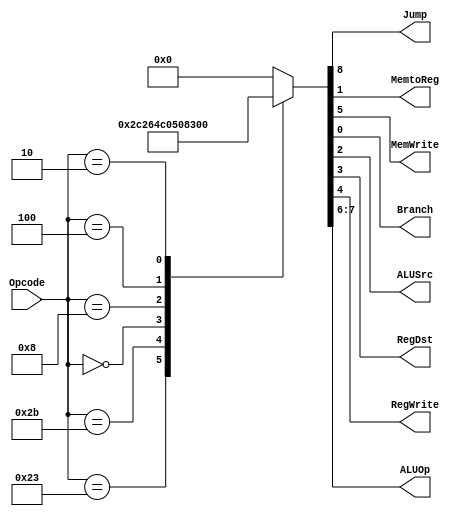
module Main_Decoder #(
parameter Opcode_width = 6 ,
          ALU_OP_width = 2   
) (
input   wire    [Opcode_width-1:0]    Opcode,

output  reg                           Jump, MemtoReg, MemWrite ,Branch ,ALUSrc ,RegDst ,RegWrite,
output  reg     [ALU_OP_width-1:0]    ALUOp
);

reg [7+ALU_OP_width-1:0] Enables_and_ALUOp;

localparam [Opcode_width-1:0]   loadWord      = 'b10_0011;
localparam [Opcode_width-1:0]   storeWord     = 'b10_1011;
localparam [Opcode_width-1:0]   rType         = 'b00_0000;
localparam [Opcode_width-1:0]   addImmediate  = 'b00_1000;
localparam [Opcode_width-1:0]   branchIfEqual = 'b00_0100;
localparam [Opcode_width-1:0]   jump_inst     = 'b00_0010;


assign {Jump, ALUOp, MemWrite, RegWrite, RegDst, ALUSrc, MemtoReg, Branch} = Enables_and_ALUOp;

always @(*) 
begin
    case (Opcode)
    loadWord:
    begin
        Enables_and_ALUOp = 'b000010110;
        /*
        Jump = 1'b0;
        ALUOp = 2'b00;
        MemWrite = 1'b0;
        RegWrite = 1'b1;
        RegDst = 1'b0;
        ALUSrc = 1'b1;
        MemtoReg = 1'b1;
        Branch = 1'b0;
        */
    end
        
    storeWord:
    begin
        Enables_and_ALUOp = 'b000100110;
        /*
        Jump = 1'b0;
        ALUOp = 2'b00;
        MemWrite = 1'b1;
        RegWrite = 1'b0;
        RegDst = 1'b0;
        ALUSrc = 1'b1;
        MemtoReg = 1'b1;
        Branch = 1'b0;
        */
    end

                 
    rType:  
    begin
        Enables_and_ALUOp = 'b010011000;
        /*
        Jump = 1'b0;
        ALUOp = 2'b10;
        MemWrite = 1'b0;
        RegWrite = 1'b1;
        RegDst = 1'b1;
        ALUSrc = 1'b0;
        MemtoReg = 1'b0;
        Branch = 1'b0;
        */
    end

        
    addImmediate:     
    begin
        Enables_and_ALUOp = 'b000010100;
        /*
        Jump = 1'b0;
        ALUOp = 2'b00;
        MemWrite = 1'b0;
        RegWrite = 1'b1;
        RegDst = 1'b0;
        ALUSrc = 1'b1;
        MemtoReg = 1'b0;
        Branch = 1'b0;
        */
    end

         
    branchIfEqual:     
    begin
        Enables_and_ALUOp = 'b001000001;
        /*
        Jump = 1'b0;
        ALUOp = 2'b01;
        MemWrite = 1'b0;
        RegWrite = 1'b0;
        RegDst = 1'b0;
        ALUSrc = 1'b0;
        MemtoReg = 1'b0;
        Branch = 1'b1;
        */
    end

        
    jump_inst:     
    begin
        Enables_and_ALUOp = 'b100000000;
        /*
        Jump = 1'b1;
        ALUOp = 2'b00;
        MemWrite = 1'b0;
        RegWrite = 1'b0;
        RegDst = 1'b0;
        ALUSrc = 1'b0;
        MemtoReg = 1'b0;
        Branch = 1'b0;
        */
    end

    default:           
    begin
        Enables_and_ALUOp = 'b000000000;
        /*
        Jump = 1'b0;
        ALUOp = 2'b00;
        MemWrite = 1'b0;
        RegWrite = 1'b0;
        RegDst = 1'b0;
        ALUSrc = 1'b0;
        MemtoReg = 1'b0;
        Branch = 1'b0;
        */
    end
endcase
end

endmodule